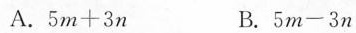
A.$$5 m + 3 n$$ B.$$5 m - 3 n$$